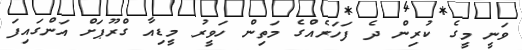
ވަނީ މީގެ ކުރިން ދެ ފަހަރެއްގެ މަތިން ހަވީރު މީޑިއާ ގްރޫޕަށް އަންގައިފަ